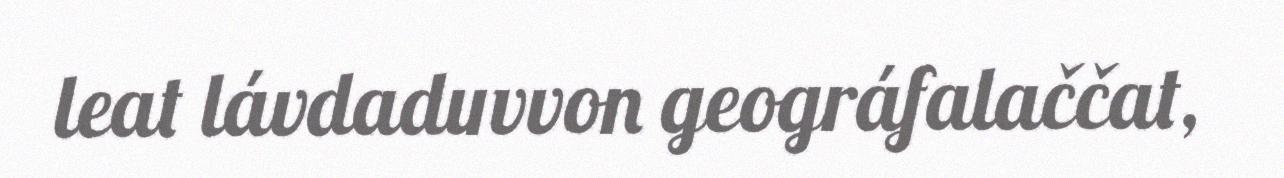
leat lávdaduvvon geográfalaččat,